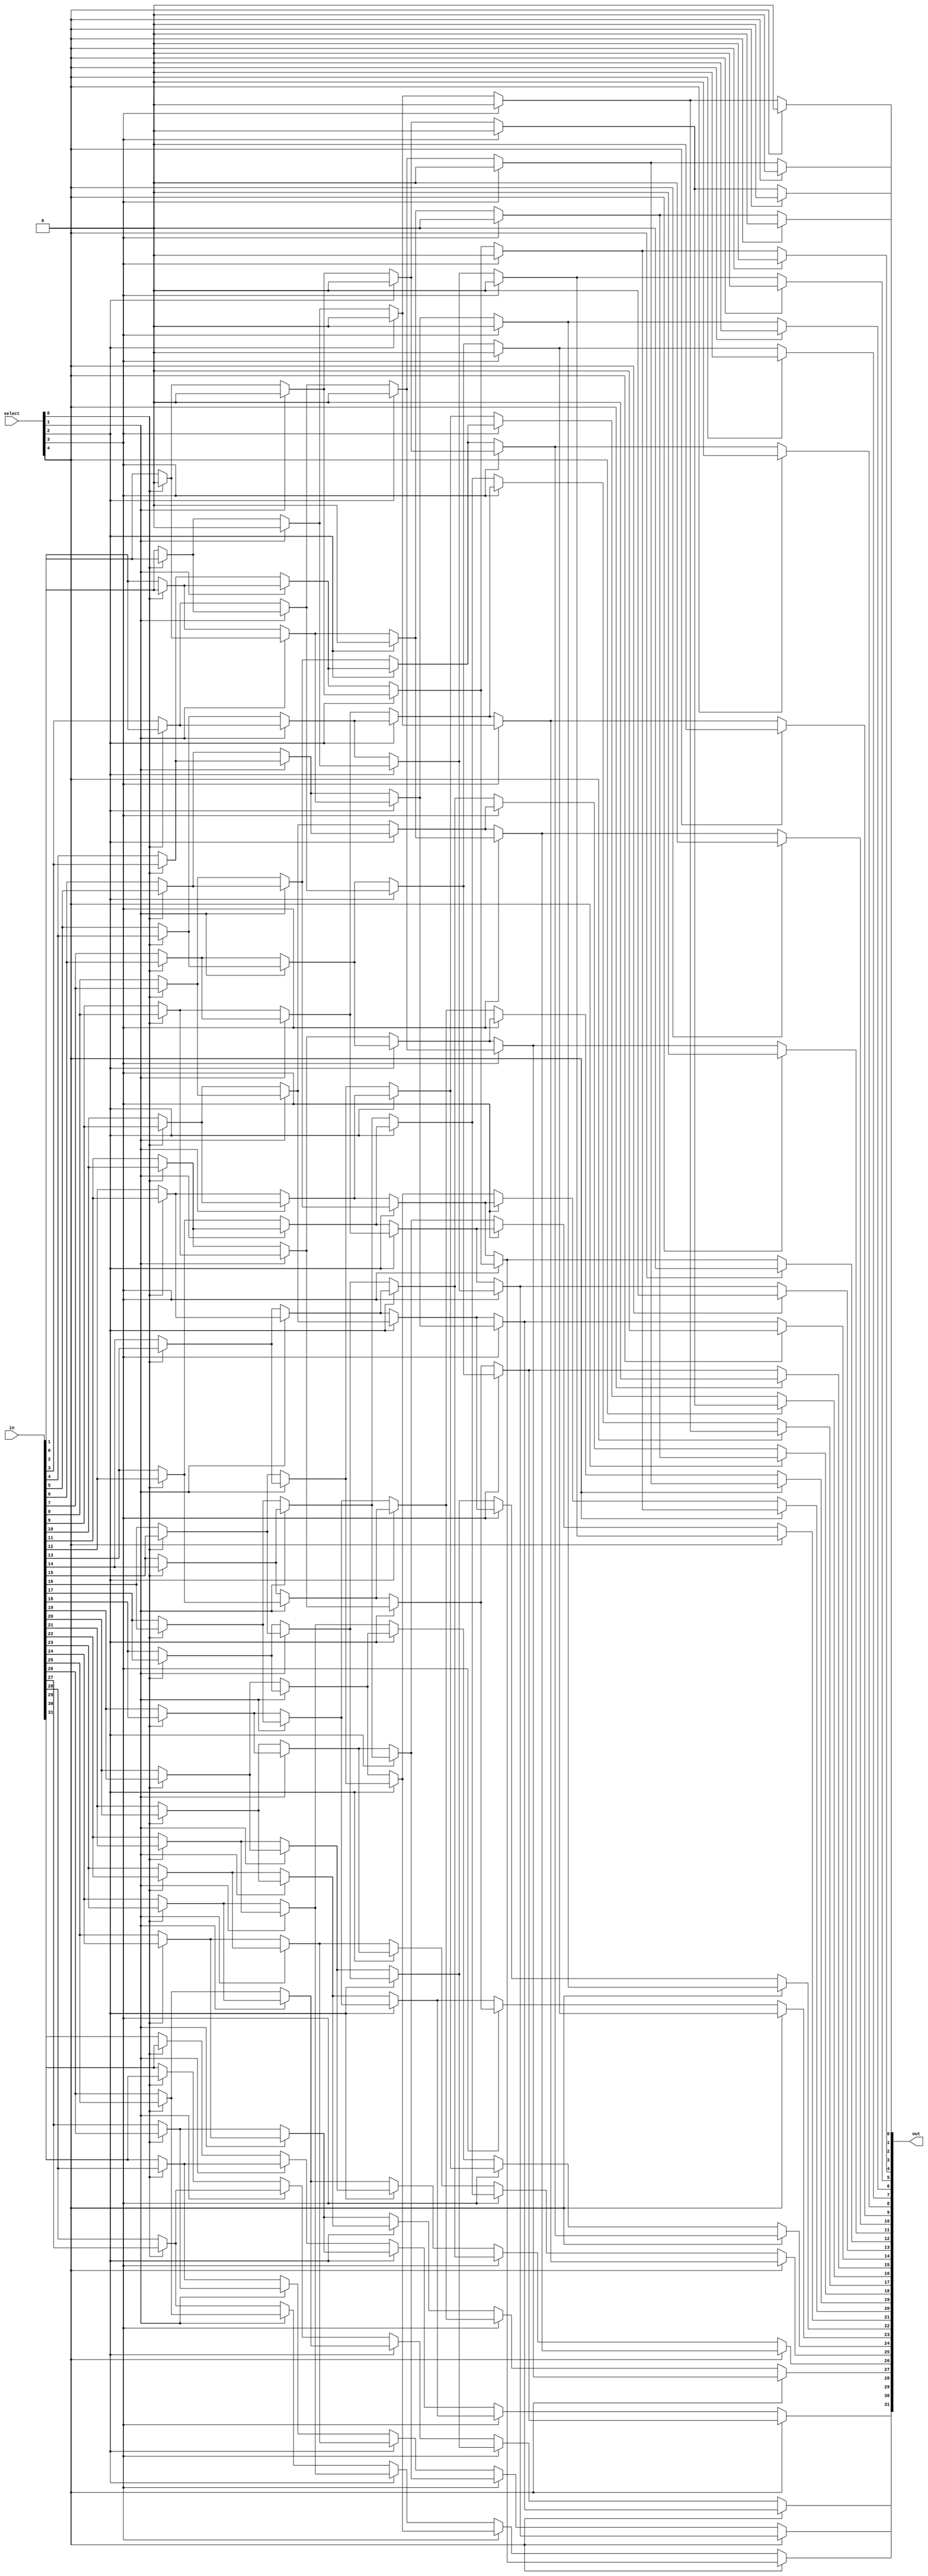
module SLL(in, out, select);
     input [31:0]in;
	  input [4:0]select;
	  output [31:0]out;
  wire [31:0]out0, out1, out2, out3, out4;

  genvar i, j;
    
	 assign out0[0] = select[0]?1'b0:in[0];
  generate
    for (i = 1; i < 32; i = i+1)begin: layer0
	 assign out0[i] = select[0] ? in[i-1]:in[i];	     		
	 end
  endgenerate
  
	 assign out1[0] = select[1] ? 0:out0[0];
	 assign out1[1] = select[1] ? 0:out0[1];
  generate
    for (i = 2; i < 32; i = i+1)begin: layer1
	 assign out1[i] = select[1] ? out0[i-2]:out0[i];	     		
	 end
  endgenerate
	
    assign out2[0] = select[2] ? 0:out1[0];
	 assign out2[1] = select[2] ? 0:out1[1];
	 assign out2[2] = select[2] ? 0:out1[2];
	 assign out2[3] = select[2] ? 0:out1[3];
  generate
    for (i = 4; i < 32; i = i+1)begin: layer2
	 assign out2[i] = select[2] ? out1[i-4]:out1[i];	     		
	 end
  endgenerate
	 
  generate
    for (j = 0; j < 8; j = j+1)begin: layer3_1
	 assign out3[j] = select[3] ? 0:out2[j];
	 end
	 
    for (i = 8; i < 32; i = i+1)begin: layer3_2
	 assign out3[i] = select[3] ? out2[i-8]:out2[i];	     		
	 end
  endgenerate
	
	 
  generate
    for (j = 0; j < 16; j = j+1)begin: layer4_1
	 assign out4[j] = select[4] ? 0:out3[j];
	 end
	 
    for (i = 16; i < 32; i = i+1)begin: layer4_2
	 assign out4[i] = select[4] ? out3[i-16]:out3[i];	     		
	 end
  endgenerate
  
assign out = out4;
endmodule